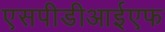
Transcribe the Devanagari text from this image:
एसपीडीआईएफ